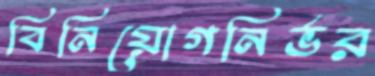
বিনিয়োগনির্ভর